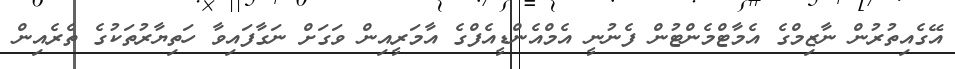
އޭގެއިތުރުން ނާޒިމްގެ އެމާޓްމެންޓުން ފެނުނީ އެމްއެންޑީއެފްގެ އާމަރީއިން ވަގަށް ނަގާފައިވާ ހަތިޔާރުތަކުގެ ތެރެއިން